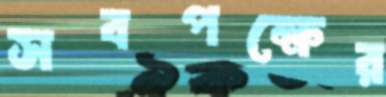
সবপক্ষের